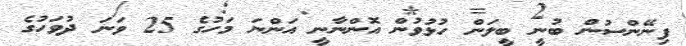
ފިނޭންސުން ބުނީ ބީލަން ހުޅުވުން އޮންނާނީ އަންނަ މަހުގެ 25 ވަނަ ދުވަހުގެ